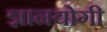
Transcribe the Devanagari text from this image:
ज्ञानयोगी